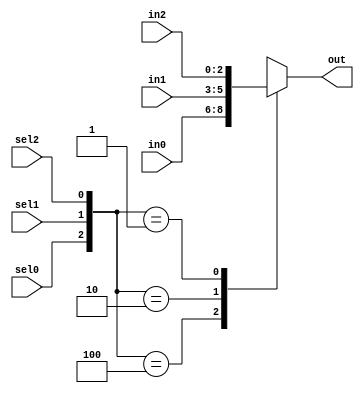
module sc_mux3_d_3 (out,in0,sel0,in1,sel1,in2,sel2) ;
    output [2:0] out ;
    input  [2:0] in0,in1,in2 ;
    input sel0,sel1,sel2 ;
    reg [2:0] out ;
	wire [2:0] select = {sel0,sel1,sel2} ;
	always @ (select or in0 or in1 or in2)
		case (select) 
			5'b100:	out = in0;
			5'b010:	out = in1;
			5'b001:	out = in2 ;
			default: out = 65'hx;
		endcase
endmodule